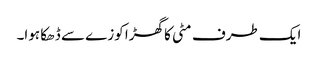
ایک طرف مٹی کا گھڑا کوزے سے ڈھکا ہوا۔